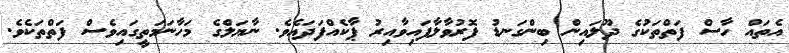
އެތައް ހާސް ފަތްތަކުގެ ދޫލައިން ބިންގަނޑު ފޮރުވާލާފައިވާއިރު ޕާކެއްފަދައެވެ. ނާޔަލްގެ މަހާނަމަތީގައިވެސް ފަތްތަކެވެ.